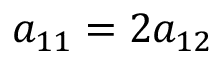
a _ { 1 1 } = 2 a _ { 1 2 }